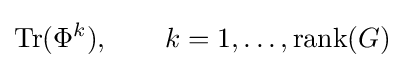
\operatorname {Tr} (\Phi ^{k}),\qquad k=1,\ldots ,\operatorname {rank} (G)